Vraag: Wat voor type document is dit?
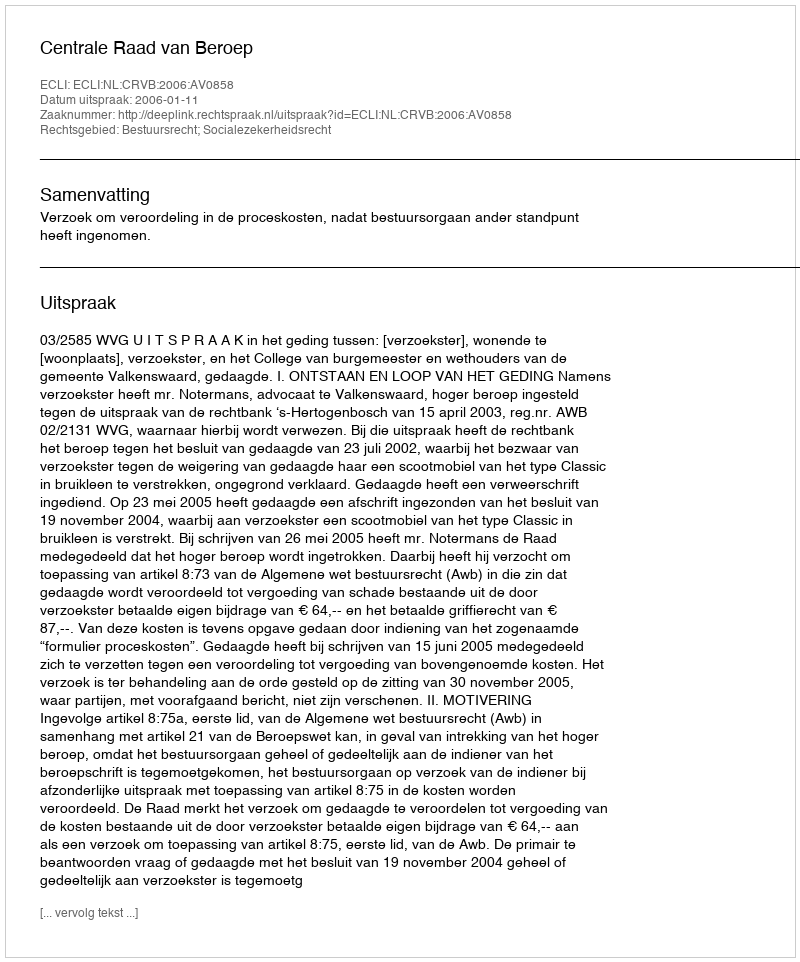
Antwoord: Uitspraak